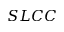
S L C C